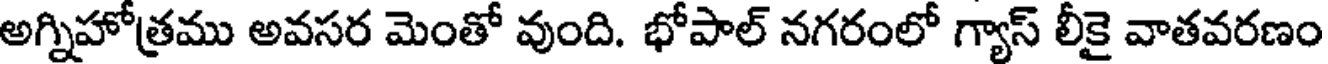
అగ్నిహోత్రము అవసర మెంతో వుంది. భోపాల్ నగరంలో గ్యాస్ లీకై వాతవరణం